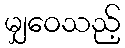
မျှဝေသည့်